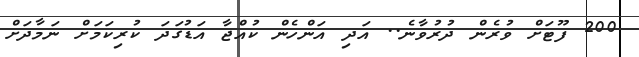
200 ފޫޓަށް ވުރެން ދުރުވާނެ.. އަދި އަންހެން ކުއްޖާ އަޑުގަދަ ކުރިކަމަށް ނަމާދަށް